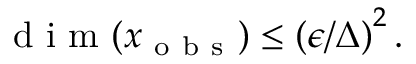
\mathrm { ~ d ~ i ~ m ~ } ( x _ { \mathrm { ~ o ~ b ~ s ~ } } ) \leq \left( \epsilon / \Delta \right) ^ { 2 } .